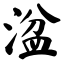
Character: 湓